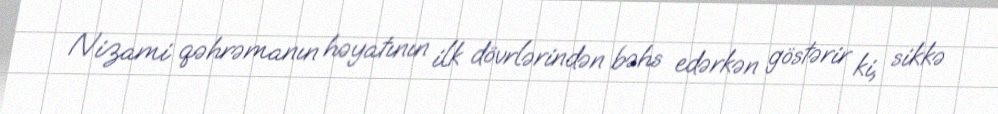
Nizami qəhrəmanın həyatının ilk dövrlərindən bəhs edərkən göstərir ki, sikkə